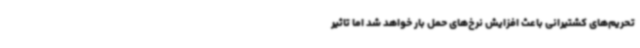
تحریم‌های کشتیرانی باعث افزایش نرخ‌های حمل بار خواهد شد اما تاثیر